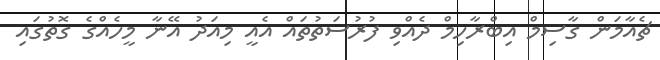
ޗެއާމަން ގާސިމް އިބްރާހިމް ދެއްވި ފުރުސަތުތައް އެއީ މިއަދު އޭނާ މީހެއްގެ ގޮތުގައި